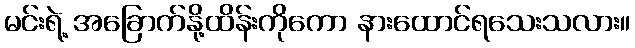
မင်းရဲ့ အခြောက်နို့ထိန်းကိုကော နားထောင်ရသေးသလား။